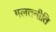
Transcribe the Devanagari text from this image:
गलतनीति